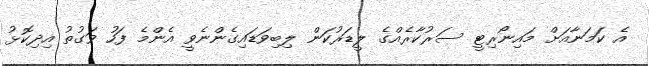
އެ ކަމަނާއަށް މައިނޯރިޓީ ސަރުކާރެއްގެ ލީޑަރުކަން ލިބިވަޑައިގެންނެވީ އެންމެ ފަހު ވަގުތު އިދިކޮޅު